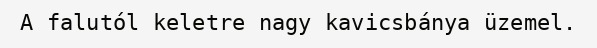
A falutól keletre nagy kavicsbánya üzemel.